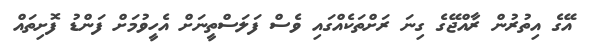
އޭގެ އިތުރުން ރާއްޖޭގެ ގިނަ ރަށްތަކެއްގައި ވެސް ފަލަސްތީނަށް އެހީވުމަށް ފަންޑު ފޮށިތައް